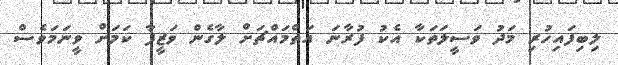
ލިބިފައިހުރި މަދު ވަސީލަތަކާ އެކު ފުރާނަ އަތްމައްޗަށް ލާގެން ވަޒީފާ ކަމަށް ވީނަމަވެސް